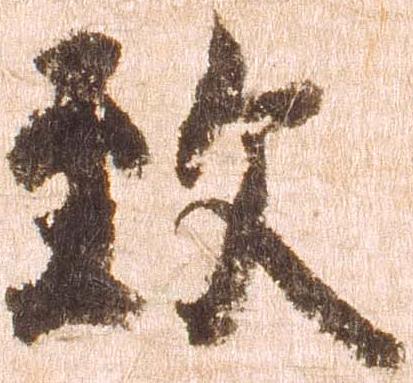
致